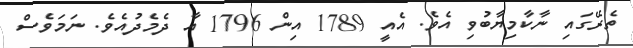
ތެރޭގައި ނާކާމިޔާބުވި އެވެ. އެއީ 1789 އިން 1796 އާ ދެމެދުއެވެ. ނަމަވެސް